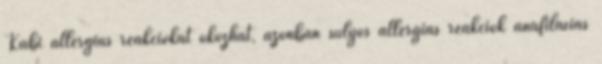
Kabi allergiás reakciókat okozhat, azonban súlyos allergiás reakciók anafilaxiás